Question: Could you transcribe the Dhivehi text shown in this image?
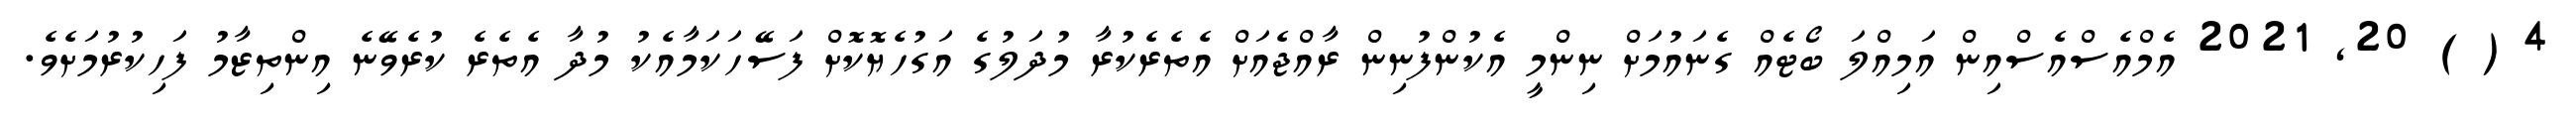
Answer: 4 ( ) 20, 2021 އެމްއެސްއެސްއިން އަމިއްލަ ބޯޓެއް ގެނައުމަށް ނިންމީ އެކުންފުނިން ރާއްޖެއަށް އެތެރެކުރާ މުދަލުގެ އަގުހެޔޮކޮށް ފަސޭހަކަމާއެކު މުދާ އެތެރެ ކުރެވޭނެ އިންތިޒާމު ފަހިކުރުމަށެވެ.